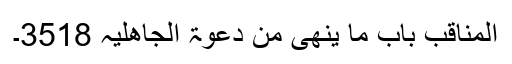
المناقب باب ما ینھیٰ من دعوۃ الجاھلیہ 3518۔